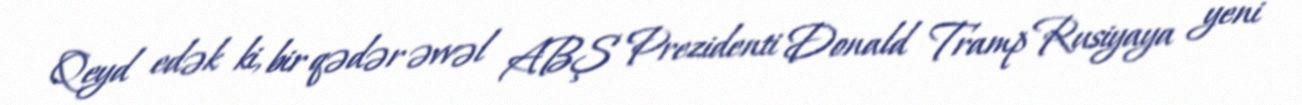
Qeyd edək ki, bir qədər əvvəl ABŞ Prezidenti Donald Tramp Rusiyaya yeni